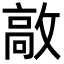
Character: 㪣